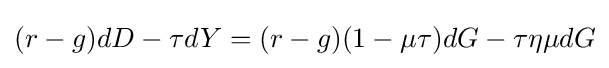
(r-g)dD-\tau dY=(r-g)(1-\mu \tau )dG-\tau \eta \mu dG